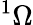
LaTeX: ^1\Omega